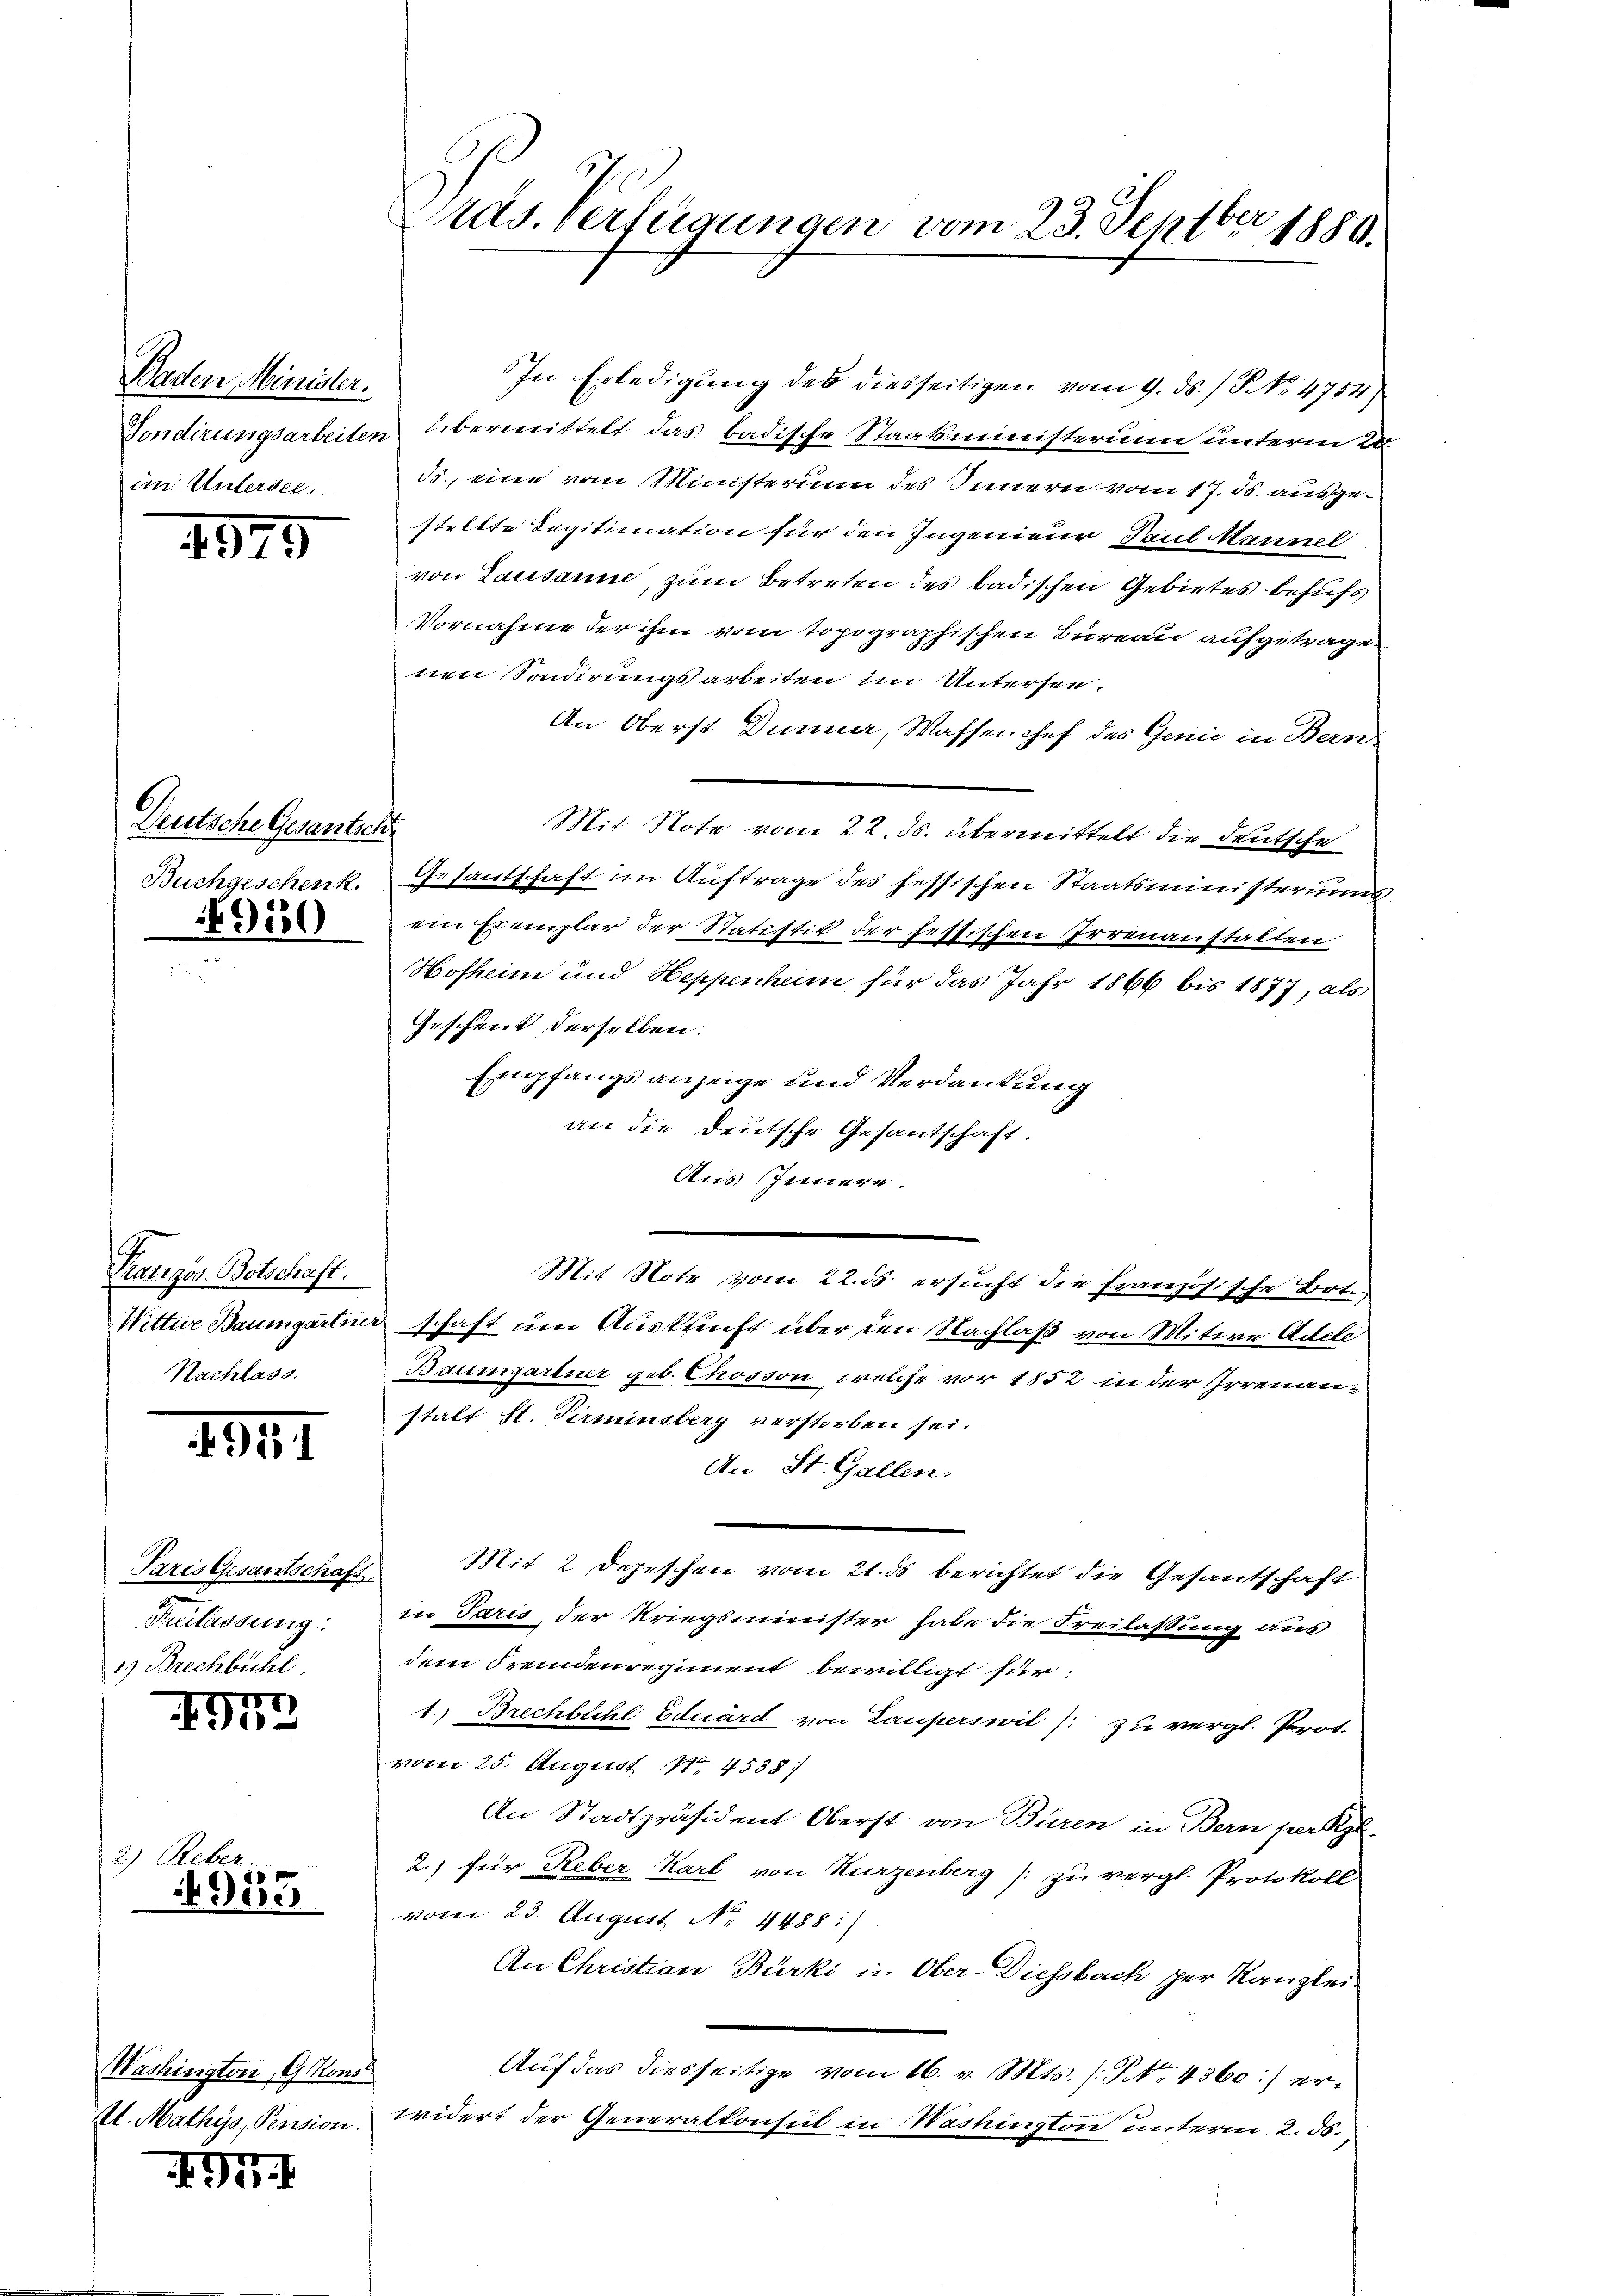
Baden Minister.
im Untersee.

2)

1849

Deutsche Gesantsch
Buchgeschenk.
4950

Kranzös. Botschaft.
Nachlass.

1941

Paris Gesantschaft
Freilassung:
1. Brechbühl.

11
i

Reber.
4933

Washington, G. Kons
sl. Mathys, Pension.

G

räs. verfügungen vom 23. Septbr 1880.

In Erledigung des diesseitigen vom 9. ds. / NNo. 4754)
Vondirungsarbeiten Übermittelt das badische Staatsministerium unterm 20.
ds., eine vom Ministerium des Innern vom 17. ds. ausgestellte Legitimation für den Ingenieur Paul Mannel
von Lausanne, zum Betreten des badischen Gebietes behufs
Vornahme der ihm vom topographischen Bureau aufgetrage-
nen Sondirungsarbeiten im Untersen.
An Oberst Dunner, Wassenchef des Genie in Bern
Mit Note vom 22. ds. übermittelt die deutsche
Gesantschaft im Auftrage des fessischen Staatsministeriums
ein Exemplar der Statistik der sessischen Irrenanstalten
Hofheim und Heppenheim für das Jahr 1866 bis 1877, als
Geschent derselben.
Empfangsanzeige und Verdankung
an die deutsche Gesantschaft.
Aus Innern.
Mit Note vom 22. ds. ersucht die Französische Bote
Wittwe Baumgartner schaft um Auskunft über den Nachlaß von Witwe Adele
Baumgartner geb. Chrosson, welche vor 1852 in der Irrenanstalt St. Pirminsberg verstorben sei.
An St. Gallen.
 Mit 2 Depeschen vom 21. ds berichtet die Gesantschaft
in Paris, der Kriegsminister habe die Freilassung aus
dem Fremdenregiment bewilligt für
1. Brechbühl Eduard von Lauperswil /: zu vergl. Prot.
vom 25. August 184538:
An Stadtpräsident Oberst von Büren in Bern per Kgl.
2.) für Reber Karl von Kurzenberg (: zu vergl. Protokoll
vom 23. August No. 4488:)
An Christian Bürki in Ober-Diessbach per Kanzlei
Auf das diesseitige vom 16. v. Mts. (NNo. 4360:) erwidert der Generalkonsul in Mashington unterm 2. ds.